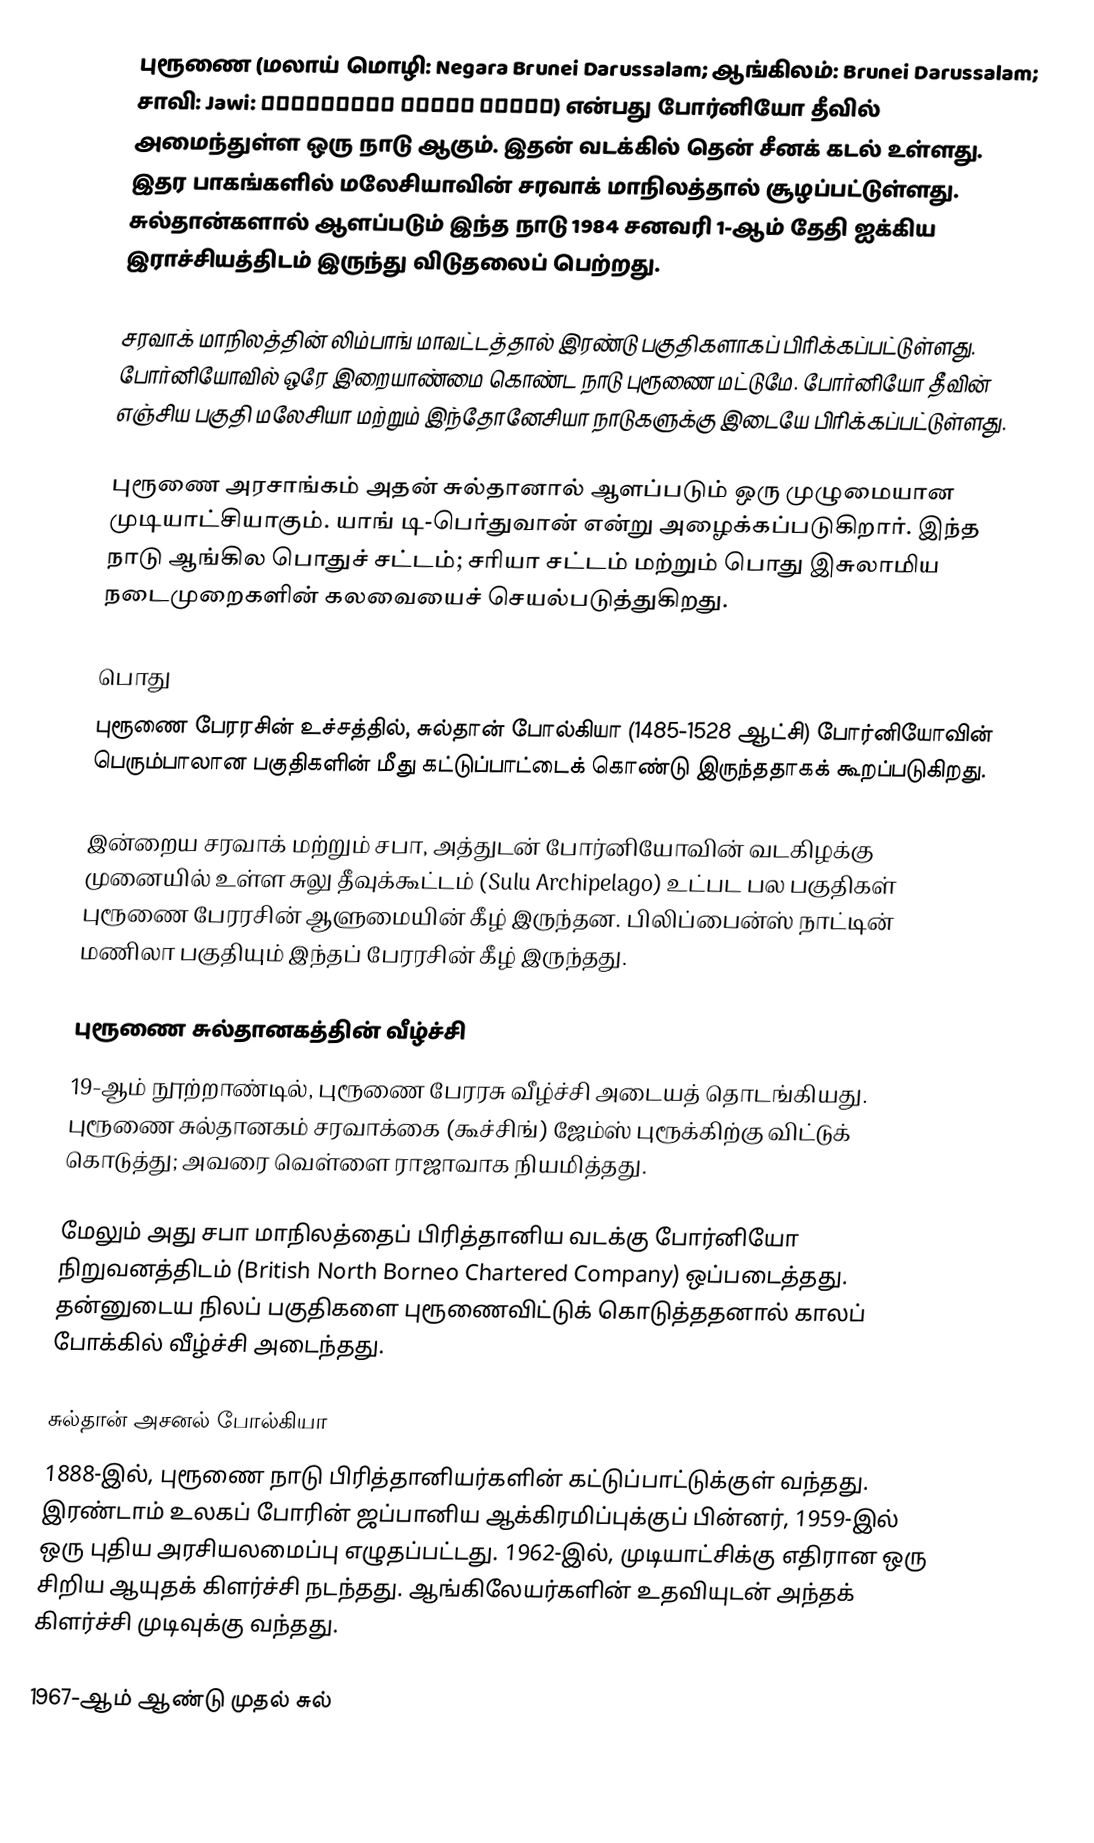
புரூணை (மலாய் மொழி: Negara Brunei Darussalam; ஆங்கிலம்: Brunei Darussalam; சாவி: Jawi: نݢارا بروني دارالسلام) என்பது போர்னியோ தீவில் அமைந்துள்ள ஒரு நாடு ஆகும். இதன் வடக்கில் தென் சீனக் கடல் உள்ளது. இதர பாகங்களில் மலேசியாவின் சரவாக் மாநிலத்தால் சூழப்பட்டுள்ளது. சுல்தான்களால் ஆளப்படும் இந்த நாடு 1984 சனவரி 1-ஆம் தேதி ஐக்கிய இராச்சியத்திடம் இருந்து விடுதலைப் பெற்றது.

சரவாக் மாநிலத்தின் லிம்பாங் மாவட்டத்தால் இரண்டு பகுதிகளாகப் பிரிக்கப்பட்டுள்ளது. போர்னியோவில் ஒரே இறையாண்மை கொண்ட நாடு புரூணை மட்டுமே. போர்னியோ தீவின் எஞ்சிய பகுதி மலேசியா மற்றும் இந்தோனேசியா நாடுகளுக்கு இடையே பிரிக்கப்பட்டுள்ளது.

புரூணை அரசாங்கம் அதன் சுல்தானால் ஆளப்படும் ஒரு முழுமையான முடியாட்சியாகும். யாங் டி-பெர்துவான் என்று அழைக்கப்படுகிறார். இந்த நாடு ஆங்கில பொதுச் சட்டம்; சரியா சட்டம் மற்றும் பொது இசுலாமிய நடைமுறைகளின் கலவையைச் செயல்படுத்துகிறது.

பொது
புரூணை பேரரசின் உச்சத்தில், சுல்தான் போல்கியா (1485-1528 ஆட்சி) போர்னியோவின் பெரும்பாலான பகுதிகளின் மீது கட்டுப்பாட்டைக் கொண்டு இருந்ததாகக் கூறப்படுகிறது.

இன்றைய சரவாக் மற்றும் சபா, அத்துடன் போர்னியோவின் வடகிழக்கு முனையில் உள்ள சுலு தீவுக்கூட்டம் (Sulu Archipelago) உட்பட பல பகுதிகள் புரூணை பேரரசின் ஆளுமையின் கீழ் இருந்தன. பிலிப்பைன்ஸ் நாட்டின் மணிலா பகுதியும் இந்தப் பேரரசின் கீழ் இருந்தது.

புரூணை சுல்தானகத்தின் வீழ்ச்சி
19-ஆம் நூற்றாண்டில், புரூணை பேரரசு வீழ்ச்சி அடையத் தொடங்கியது. புரூணை சுல்தானகம் சரவாக்கை (கூச்சிங்) ஜேம்ஸ் புரூக்கிற்கு விட்டுக் கொடுத்து; அவரை வெள்ளை ராஜாவாக நியமித்தது.

மேலும் அது சபா மாநிலத்தைப் பிரித்தானிய வடக்கு போர்னியோ நிறுவனத்திடம் (British North Borneo Chartered Company) ஒப்படைத்தது. தன்னுடைய நிலப் பகுதிகளை புரூணைவிட்டுக் கொடுத்ததனால் காலப் போக்கில் வீழ்ச்சி அடைந்தது.

சுல்தான் அசனல் போல்கியா
1888-இல், புரூணை நாடு பிரித்தானியர்களின் கட்டுப்பாட்டுக்குள் வந்தது. இரண்டாம் உலகப் போரின் ஜப்பானிய ஆக்கிரமிப்புக்குப் பின்னர், 1959-இல் ஒரு புதிய அரசியலமைப்பு எழுதப்பட்டது. 1962-இல், முடியாட்சிக்கு எதிரான ஒரு சிறிய ஆயுதக் கிளர்ச்சி நடந்தது. ஆங்கிலேயர்களின் உதவியுடன் அந்தக் கிளர்ச்சி முடிவுக்கு வந்தது.

1967-ஆம் ஆண்டு முதல் சுல்